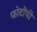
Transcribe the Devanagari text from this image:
फोटोंची